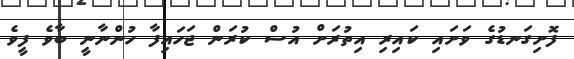
ފޮށިގަނޑުގެ ވަށައި ކައިރި އިތުރަށް އުސް ކުރަން ޖަހައިފާ ހުންނާނީ ބާވެ ފީވެ